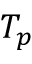
T _ { p }